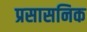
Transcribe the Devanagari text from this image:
प्रसासनिक